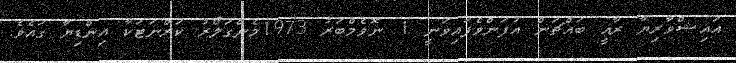
އައިޝްވާރިޔާ ރާއީ ބައްޗަން އުފަންވެފައިވަނީ 1 ނޮވެމްބަރު 1973މެންގަލޯރު ކަރްނަޓަކާ އިންޑިޔާ ގައެވެ.